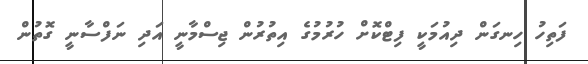
ފަތިހު ހިނގަން ދިއުމަކީ ފިޓްކޮށް ހުރުމުގެ އިތުރުން ޖިސްމާނީ އަދި ނަފްސާނީ ގޮތުން